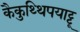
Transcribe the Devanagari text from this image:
कैकुथ्थिपयाट्टू